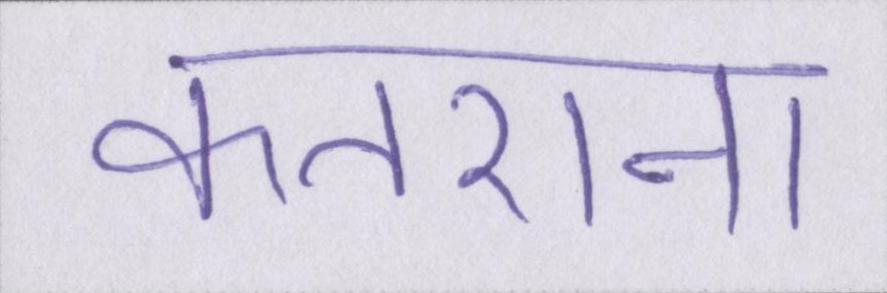
कतराना